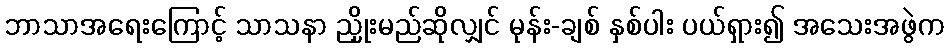
ဘာသာအရေးကြောင့် သာသနာ ညှိုးမည်ဆိုလျှင် မုန်း-ချစ် နှစ်ပါး ပယ်ရှား၍ အသေးအဖွဲက